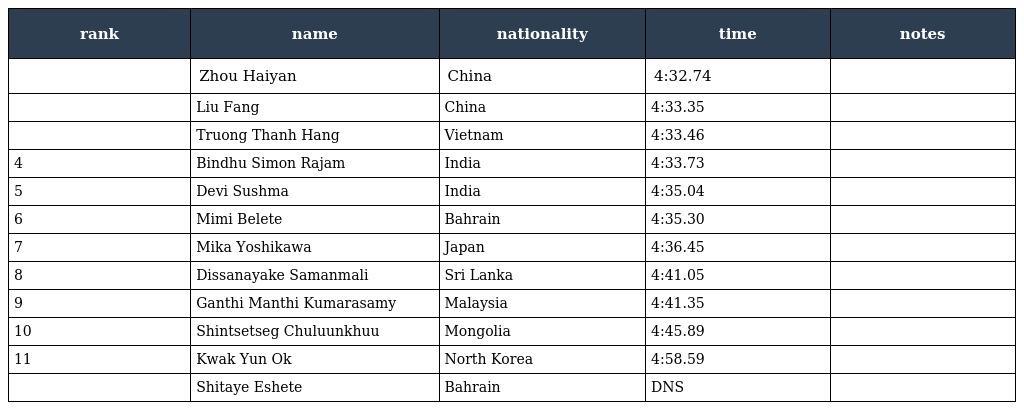
| rank | name | nationality | time | notes |
 | --- | --- | --- | --- | --- |
 |  | Zhou Haiyan | China | 4:32.74 |  |
 |  | Liu Fang | China | 4:33.35 |  |
 |  | Truong Thanh Hang | Vietnam | 4:33.46 |  |
 | 4 | Bindhu Simon Rajam | India | 4:33.73 |  |
 | 5 | Devi Sushma | India | 4:35.04 |  |
 | 6 | Mimi Belete | Bahrain | 4:35.30 |  |
 | 7 | Mika Yoshikawa | Japan | 4:36.45 |  |
 | 8 | Dissanayake Samanmali | Sri Lanka | 4:41.05 |  |
 | 9 | Ganthi Manthi Kumarasamy | Malaysia | 4:41.35 |  |
 | 10 | Shintsetseg Chuluunkhuu | Mongolia | 4:45.89 |  |
 | 11 | Kwak Yun Ok | North Korea | 4:58.59 |  |
 |  | Shitaye Eshete | Bahrain | DNS |  |